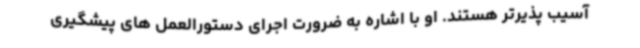
آسیب پذیرتر هستند. او با اشاره به ضرورت اجرای دستورالعمل های پیشگیری